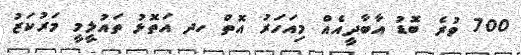
700 ވުރެ ބޮޑު އާބާދީއެއް މިއަހަރު އޮތް ހދ އަތޮޅު ތައުލީމީ މަރުކަޒު